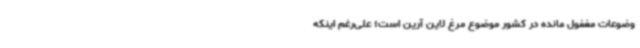
وضوعات مغفول مانده در کشور موضوع مرغ لاین آرین است؛ علی‌رغم اینکه